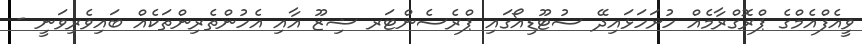
ވީއެފްއެމްގެ ޕްރޮގްރާމެއް ހުށަހަޅައިދޭ ސުޓޫޑިއޯގައި ޕްރެސެންޓަރ ޝިޒޫ އާއި އެހުންތެރިންތަކެއް ބައިވެރިވަނީ -